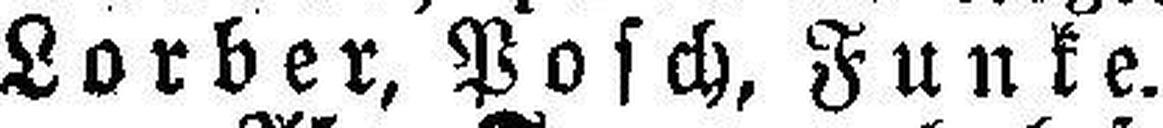
Lorber, Posch, Funke.